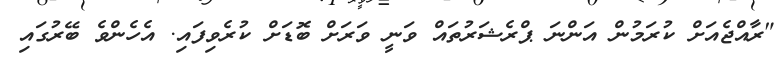
"ރާއްޖެއަށް ކުރަމުން އަންނަ ޕްރެޝަރުތައް ވަނީ ވަރަށް ބޮޑަށް ކުރެވިފައި. އެހެންވެ ބޭރުގައި